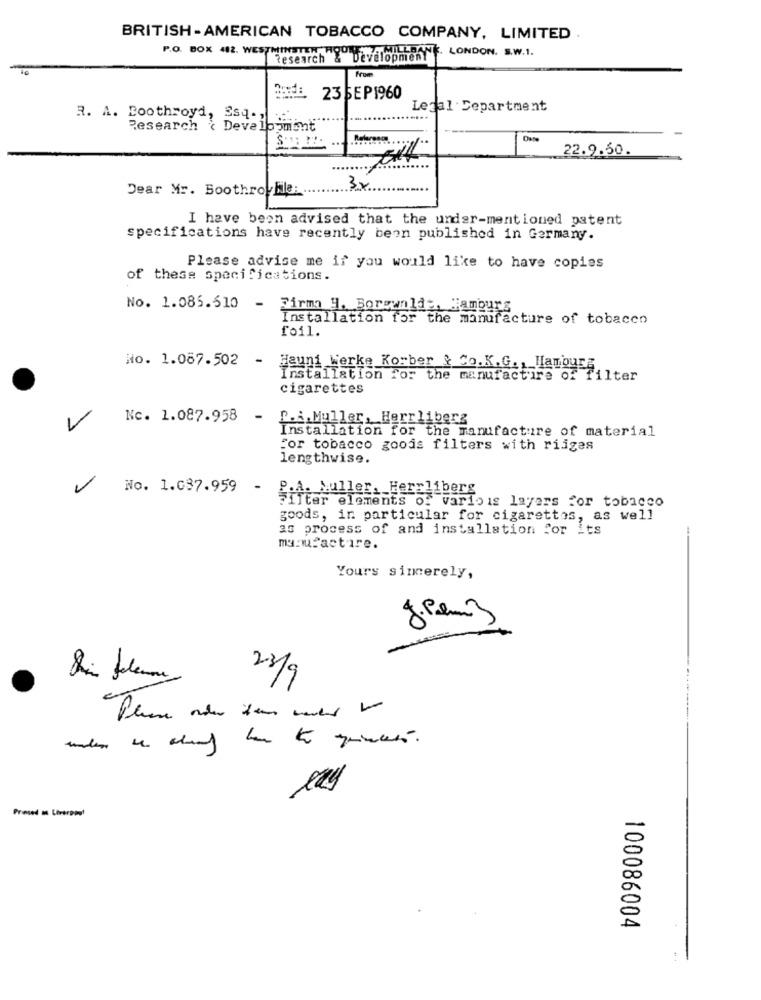
BRITISH -AMERICAN TOBACCO COMPANY, LIMITED
SUELOSNE LONDON. S.W.1.
P.O. BOX 412. WESTMINEN WY W
Research & Development
From
23 SEP1960
Legal Department
R. A. Boothroyd, Ssq ...
Research \ Development
22.9.50.
Dear Mr. Boothroble:
3x
I have been advised that the under-mentioned patent
specifications have recently been published in Germany.
Please advise me if you would like to have copies
of these specifications.
No. 1.086.510
-
Firma 4. Borgualda, Hamburg
Installation for the manufacture of tobacco
foil.
No. 1.067.502
jauni werke Korber & Co.K.G ., Hamburg
Installation for the manufacture of fi
filter
cigarettes
Nc. 1.087.958 -
P.A. Muller, Herrliberg
Installation for the manufacture of material
For tobacco goods filters with rijzes
lengthwise.
No. 1.037.959 - p.A. Muller. Herrliberg
Ifter elements of various layers for tobacco
goods, in particular for cigarettes, as well
as process of and installation for its
manufacture.
Yours sincerely,
23/9
Presed on Liverpool
100086004